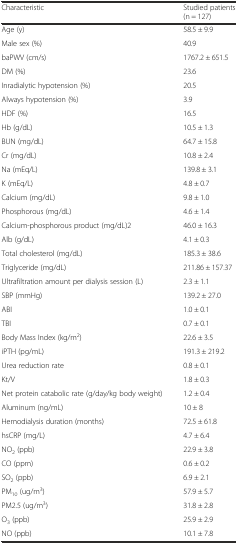
<table><thead><tr><td><b>Characteristic</b></td><td><b>Studied patients (n = 127)</b></td></tr></thead><tbody><tr><td>Age (y)</td><td>58.5 ± 9.9</td></tr><tr><td>Male sex (%)</td><td>40.9</td></tr><tr><td>baPWV (cm/s)</td><td>1767.2 ± 651.5</td></tr><tr><td>DM (%)</td><td>23.6</td></tr><tr><td>Inradialytic hypotension (%)</td><td>20.5</td></tr><tr><td>Always hypotension (%)</td><td>3.9</td></tr><tr><td>HDF (%)</td><td>16.5</td></tr><tr><td>Hb (g/dL)</td><td>10.5 ± 1.3</td></tr><tr><td>BUN (mg/dL)</td><td>64.7 ± 15.8</td></tr><tr><td>Cr (mg/dL)</td><td>10.8 ± 2.4</td></tr><tr><td>Na (mEq/L)</td><td>139.8 ± 3.1</td></tr><tr><td>K (mEq/L)</td><td>4.8 ± 0.7</td></tr><tr><td>Calcium (mg/dL)</td><td>9.8 ± 1.0</td></tr><tr><td>Phosphorous (mg/dL)</td><td>4.6 ± 1.4</td></tr><tr><td>Calcium-phosphorous product (mg/dL)2</td><td>46.0 ± 16.3</td></tr><tr><td>Alb (g/dL)</td><td>4.1 ± 0.3</td></tr><tr><td>Total cholesterol (mg/dL)</td><td>185.3 ± 38.6</td></tr><tr><td>Triglyceride (mg/dL)</td><td>211.86 ± 157.37</td></tr><tr><td>Ultrafiltration amount per dialysis session (L)</td><td>2.3 ± 1.1</td></tr><tr><td>SBP (mmHg)</td><td>139.2 ± 27.0</td></tr><tr><td>ABI</td><td>1.0 ± 0.1</td></tr><tr><td>TBI</td><td>0.7 ± 0.1</td></tr><tr><td>Body Mass Index (kg/m<sup>2</sup>)</td><td>22.6 ± 3.5</td></tr><tr><td>iPTH (pg/mL)</td><td>191.3 ± 219.2</td></tr><tr><td>Urea reduction rate</td><td>0.8 ± 0.1</td></tr><tr><td>Kt/V</td><td>1.8 ± 0.3</td></tr><tr><td>Net protein catabolic rate (g/day/kg body weight)</td><td>1.2 ± 0.4</td></tr><tr><td>Aluminum (ng/mL)</td><td>10 ± 8</td></tr><tr><td>Hemodialysis duration (months)</td><td>72.5 ± 61.8</td></tr><tr><td>hsCRP (mg/L)</td><td>4.7 ± 6.4</td></tr><tr><td>NO<sub>2</sub> (ppb)</td><td>22.9 ± 3.8</td></tr><tr><td>CO (ppm)</td><td>0.6 ± 0.2</td></tr><tr><td>SO<sub>2</sub> (ppb)</td><td>6.9 ± 2.1</td></tr><tr><td>PM<sub>10</sub> (ug/m<sup>3</sup>)</td><td>57.9 ± 5.7</td></tr><tr><td>PM2.5 (ug/m<sup>3</sup>)</td><td>31.8 ± 2.8</td></tr><tr><td>O<sub>3</sub> (ppb)</td><td>25.9 ± 2.9</td></tr><tr><td>NO (ppb)</td><td>10.1 ± 7.8</td></tr></tbody></table>